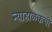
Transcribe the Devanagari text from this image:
न्याहाळकची